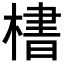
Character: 𪳛